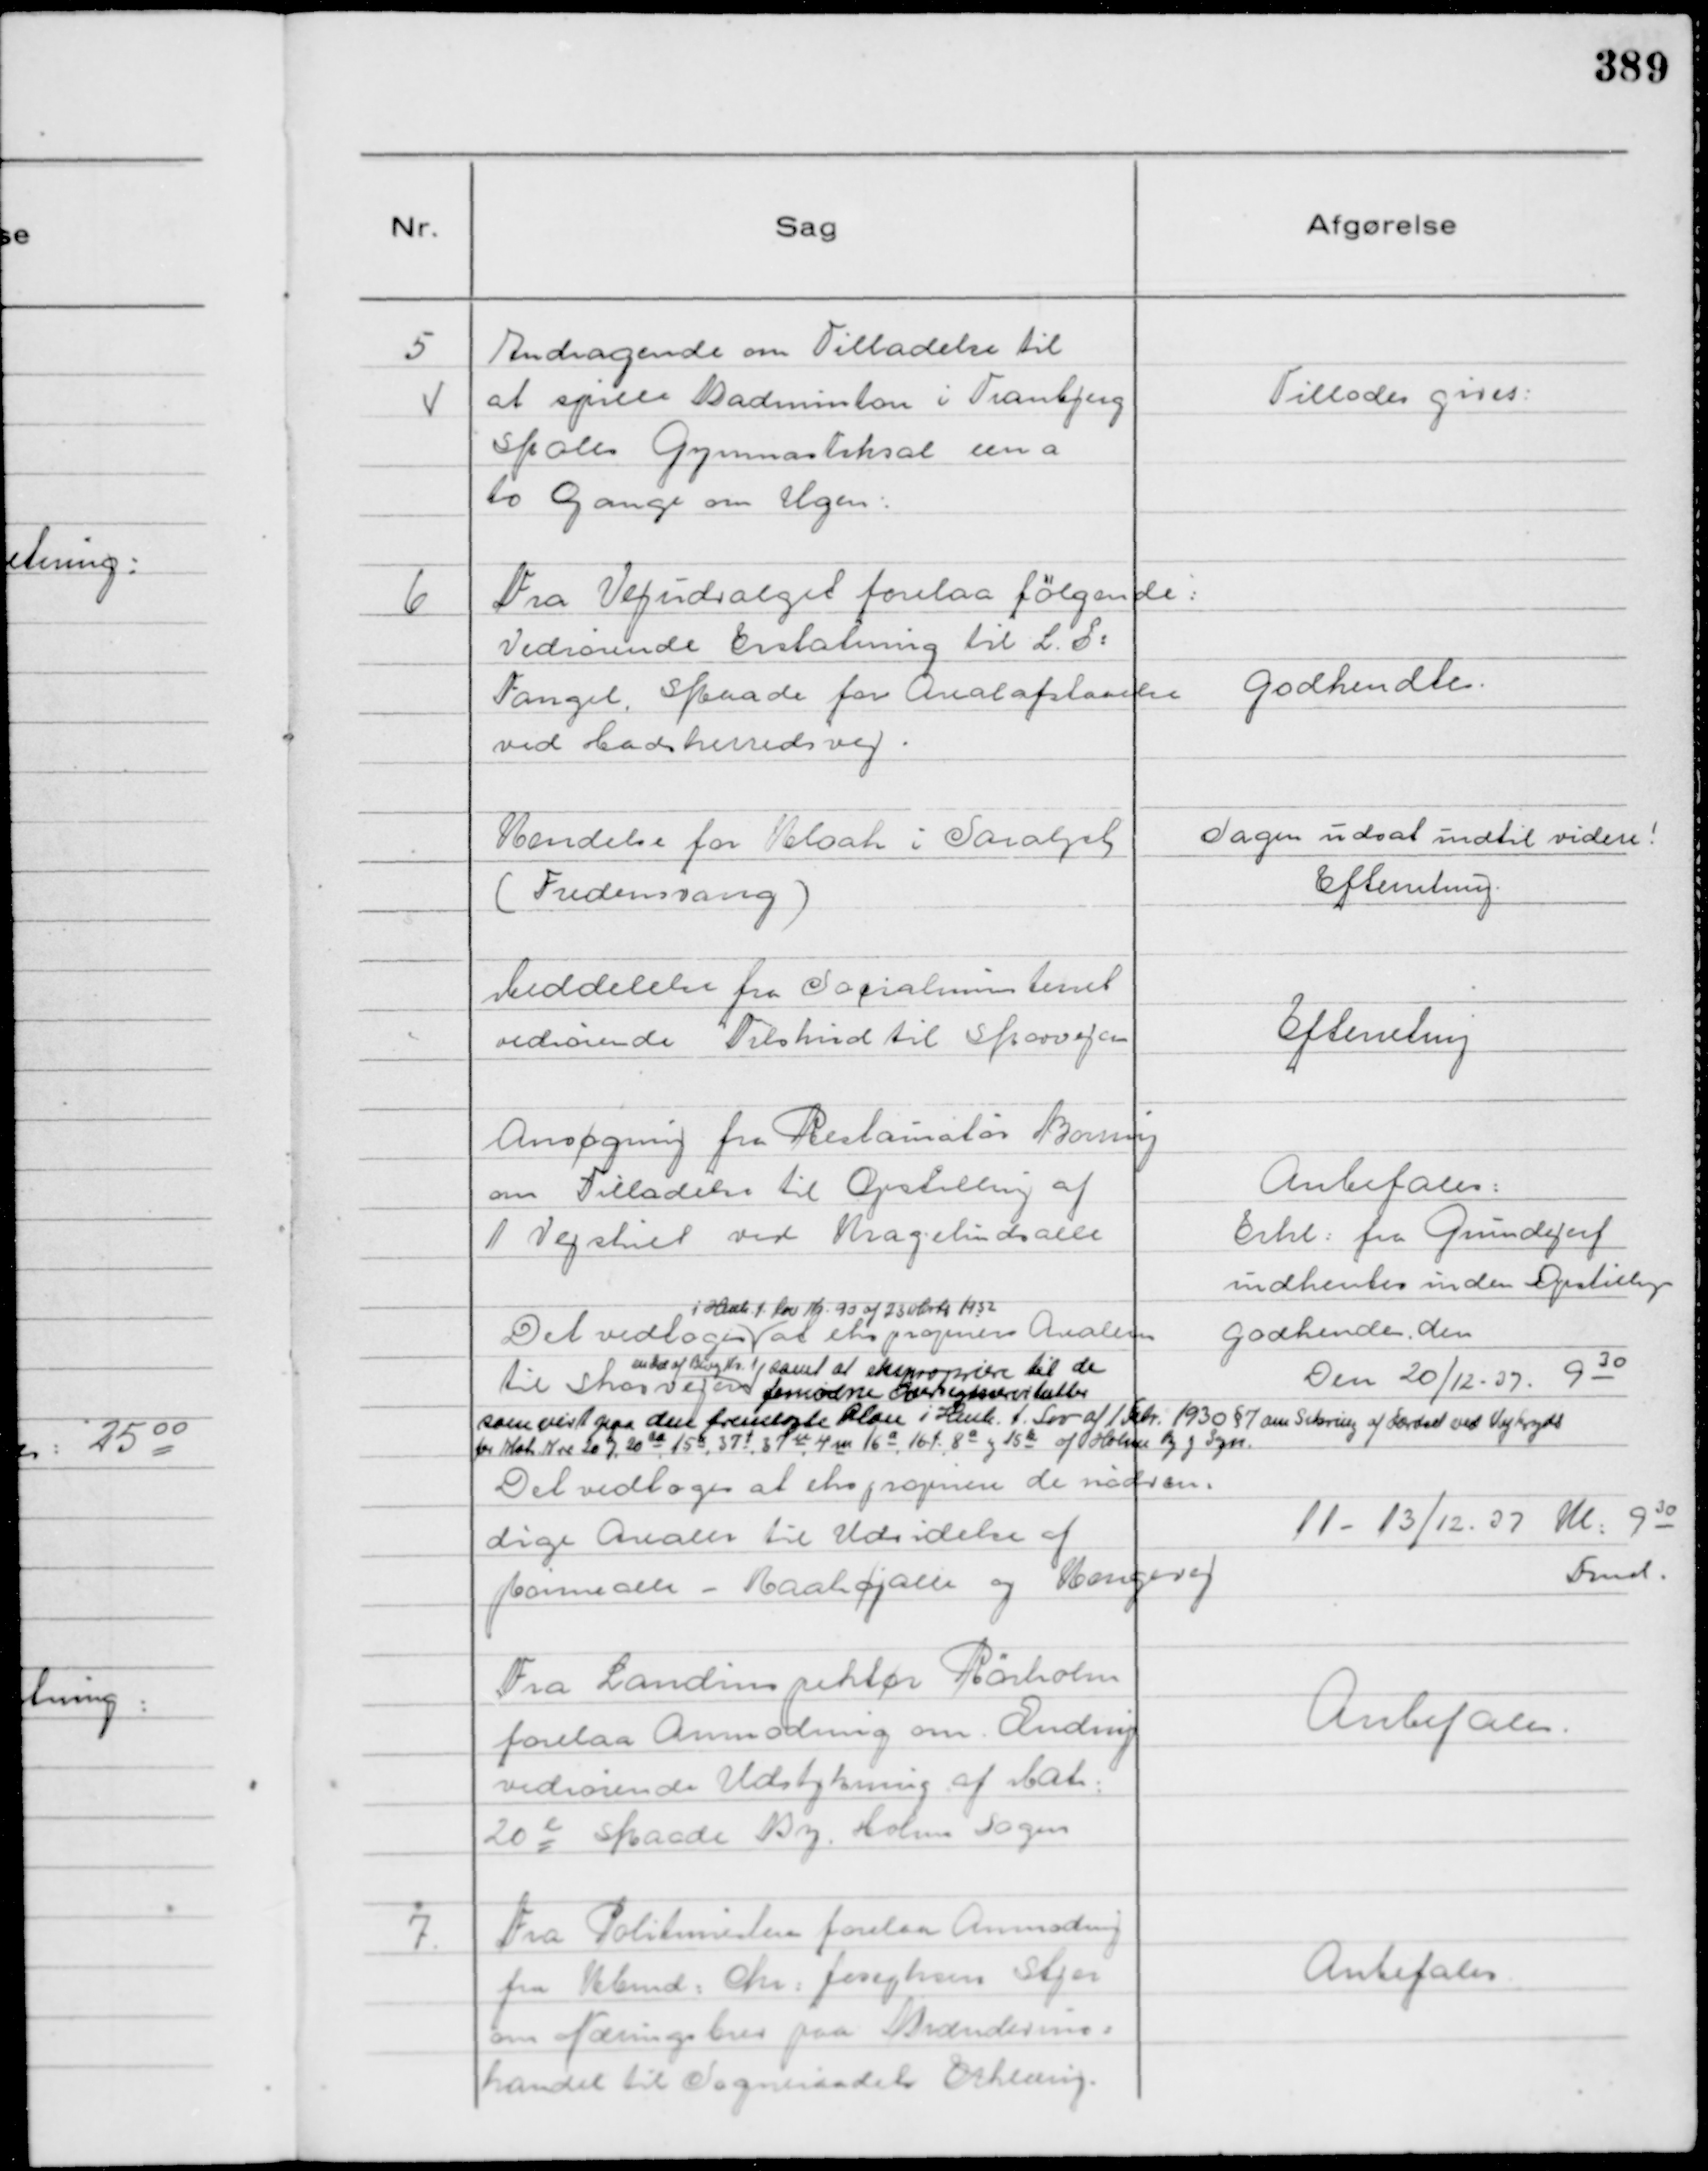
Transskription:
5
Andragende om Tilladelse til
at spille Badminton i Tranbjerg
Skoles Gymnastiksal een a
to Gange om Ugen:

Tillodes gives:

6
Fra Vejudvalget forelaa følgende:
Vedrørende Erstatning til L. S:
Fangel, Skaade for Arealafstaaelse
ved Hadsherredsvej.

Godkendtes.

Kendelse for Kloak i Saralyst
( Fredensvang )

Sagen udsat indtil videre!
Efterretning.

Meddelelse fra Socialministeriet
vedrørende Tilskud til Skovvejen

Efterretning

Ansøgning fra Restauratør Boring
om Tilladelse til Opstilling af
1 Vejskilt ved Kragelundsalle

Anbefales:
Erkl: fra Grundejerf
indhentes inden Opstilling

Det vedtoges
i Henh. t. Lov Nr. 90 af 23 Marts 1932
at ekspropriere Arealerne
til Skovvejen
en del af Bivej Nr. 1, samt at ekspropriere til de
fornødne Oversigtsservitutter
som vist paa den fremlagte Plan i Henh. t. Lov af 1 Febr. 1930 § 7
om Sikring af Færdsel ved Vejkryds
for Matr Nr 20 j, 20 aa, 15 a, 37 t, 37 u, 4 m 16 a, 16.f., 8 a og 15 k
af Holme By og Sogn.

godkendes, den
Den 20/12 - 37. 9 30

Det vedtoges at ekspropriere de nødven:
dige Arealer til Udvidelse af
Rønnealle - Raahøjalle og Kongevej

11 - 13/12. - 37 Kl: 9 30
Fmd.

Fra Landinspektør Rørholm
forelaa Anmodning om Ændring
vedrørende Udstykning af Matr:
20 e Skaade By. Holme Sogn

Anbefales.

7.
Fra Politimesteren forelaa Anmodning
fra Kbmd. Chr: Josephsen Stjer
om Næringsbrev paa Brændevins=
handel til Sogneraadets Erklærig.

Anbefales